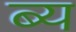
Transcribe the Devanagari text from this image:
ब्य